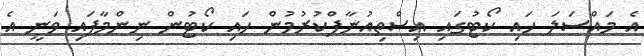
އެ މައްސަލަ ހައި ކޯޓުގައި އިސްތިއުނާފްކުރުމުން ހައި ކޯޓުން ނިންމާފައި ވަނީ އެ